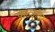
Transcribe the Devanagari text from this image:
पाट्यांवर